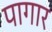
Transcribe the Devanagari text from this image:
पागार